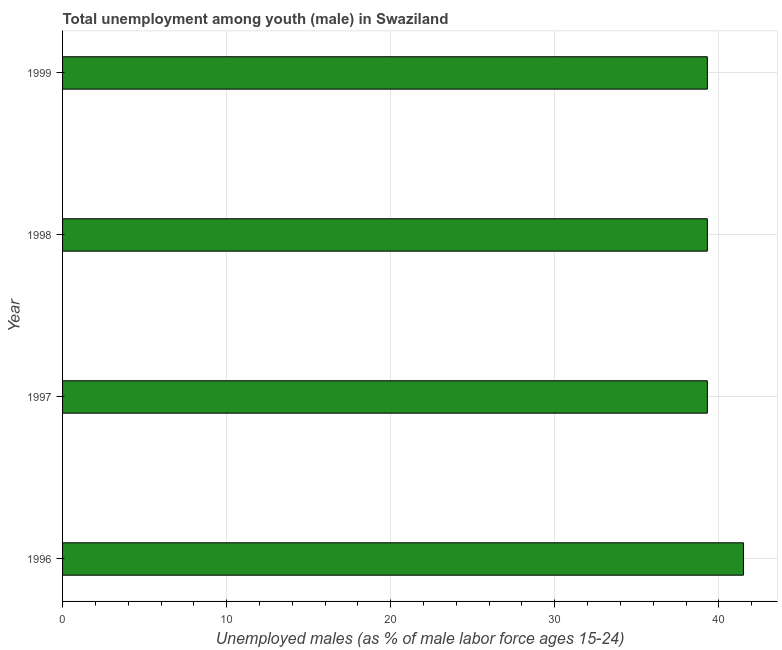
| Year | Unemployment |
 | --- | --- |
 | 1996 | 41.5 |
 | 1997 | 39.3 |
 | 1998 | 39.3 |
 | 1999 | 39.3 |